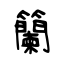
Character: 籣